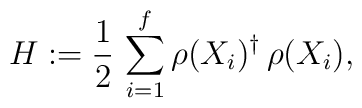
H := \frac 12 \, \sum_{i=1}^f \rho( X_i )^\dagger \, \rho( X_i ),